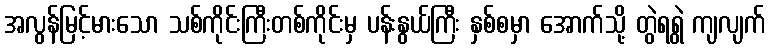
အလွန်မြင့်မားသော သစ်ကိုင်းကြီးတစ်ကိုင်းမှ ပန်းနွယ်ကြီး နှစ်စမှာ အောက်သို့ တွဲရရွဲ ကျလျက်